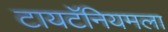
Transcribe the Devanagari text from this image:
टायटॅनियमला